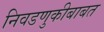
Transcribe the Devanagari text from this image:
निवडणुकीबाबत